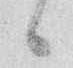
候